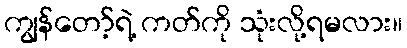
ကျွန်တော့်ရဲ့ ကတ်ကို သုံးလို့ရမလား။